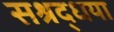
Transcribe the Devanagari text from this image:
सश्रद्धया